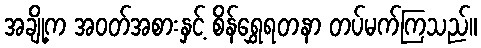
အချို့က အဝတ်အစားနှင့် စိန်ရွှေရတနာ တပ်မက်ကြသည်။